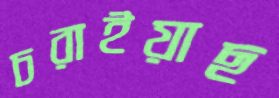
চরাইয়াছ